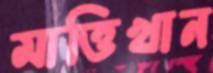
মাত্তিখান